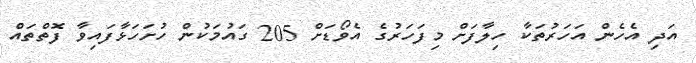
އަދި އެހެން އަހަރުތަކާ ހިލާފަށް މިފަހަރުގެ އެވޯޑަށް 205 ގައުމަކުން ހުށަހަޅާފައިވާ ފޮތްތައް